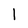
Character: 1